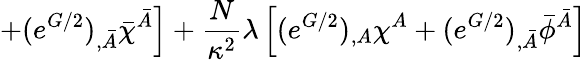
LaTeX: \left.+(e^{G/2})_{,\bar{A}}\bar{\chi}^{\bar{A}}\right]+\frac{N}{\kappa^{2}}\lambda\left[(e^{G/2})_{,A}\chi^{A}+(e^{G/2})_{,\bar{A}}\bar{\phi}^{\bar{A}}\right]